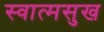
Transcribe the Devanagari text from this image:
स्वात्मसुख